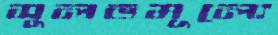
সুলভমূল্যে